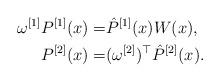
LaTeX: \begin{align*}\omega^{[1]}P^{[1]}(x)=&\hat P^{[1]}(x)W(x),\\ P^{[2]}(x)=&(\omega^{[2]})^\top\hat P^{[2]}(x).\end{align*}